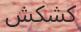
كشكش